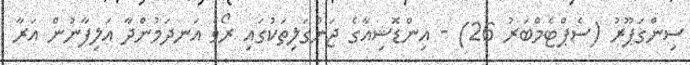
ސިންގަޕޫރު (ސެޕްޓެމްބަރު 26) - އިންޑޮޝިއާގެ ޖަންގަލިތަކުގައި ރޯވެ އަނދަމުންދާ އަލިފާނުން އަރާ